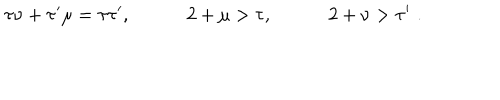
\tau \nu + \tau ^ { \prime } \mu = \tau \tau ^ { \prime } , \quad \qquad 2 + \mu > \tau , \quad \qquad 2 + \nu > \tau ^ { \prime } \, \, .